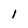
Character: l